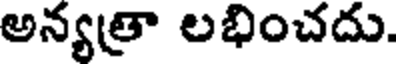
అన్యత్రా లభించదు.